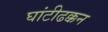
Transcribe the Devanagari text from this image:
घांटीढक्कन